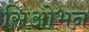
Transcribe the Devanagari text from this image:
सिओभन